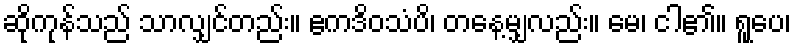
ဆိုကုန်သည် သာလျှင်တည်း။ ဧကဒိဝသံပိ၊ တနေ့မျှလည်း။ မေ၊ ငါ၏။ ရူပေ၊